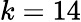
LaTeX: k=14